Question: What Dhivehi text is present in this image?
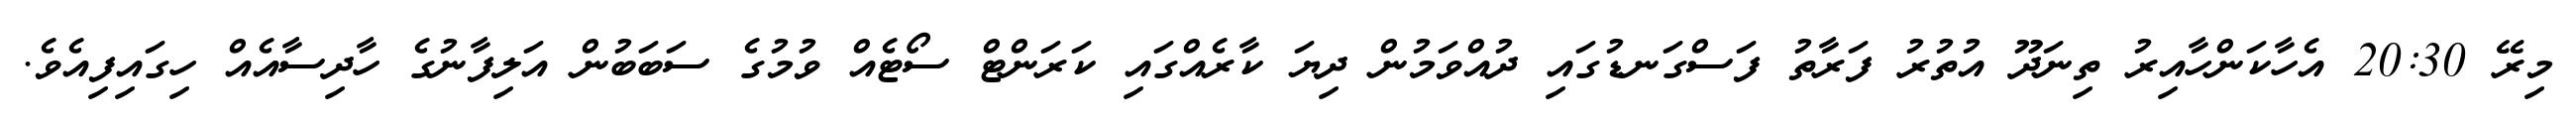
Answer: މިރޭ 20:30 އެހާކަންހާއިރު ތިނަދޫ އުތުރު ފަރާތު ފަސްގަނޑުގައި ދުއްވަމުން ދިޔަ ކާރެއްގައި ކަރަންޓް ސޯޓެއް ވުމުގެ ސަބަބުން އަލިފާނުގެ ހާދިސާއެއް ހިގައިފިއެވެ.